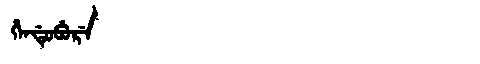
Manchu: ᡥᡝᠨᡩᡠᠪᡠᡵᡝ
Romanization: HENDUBURE